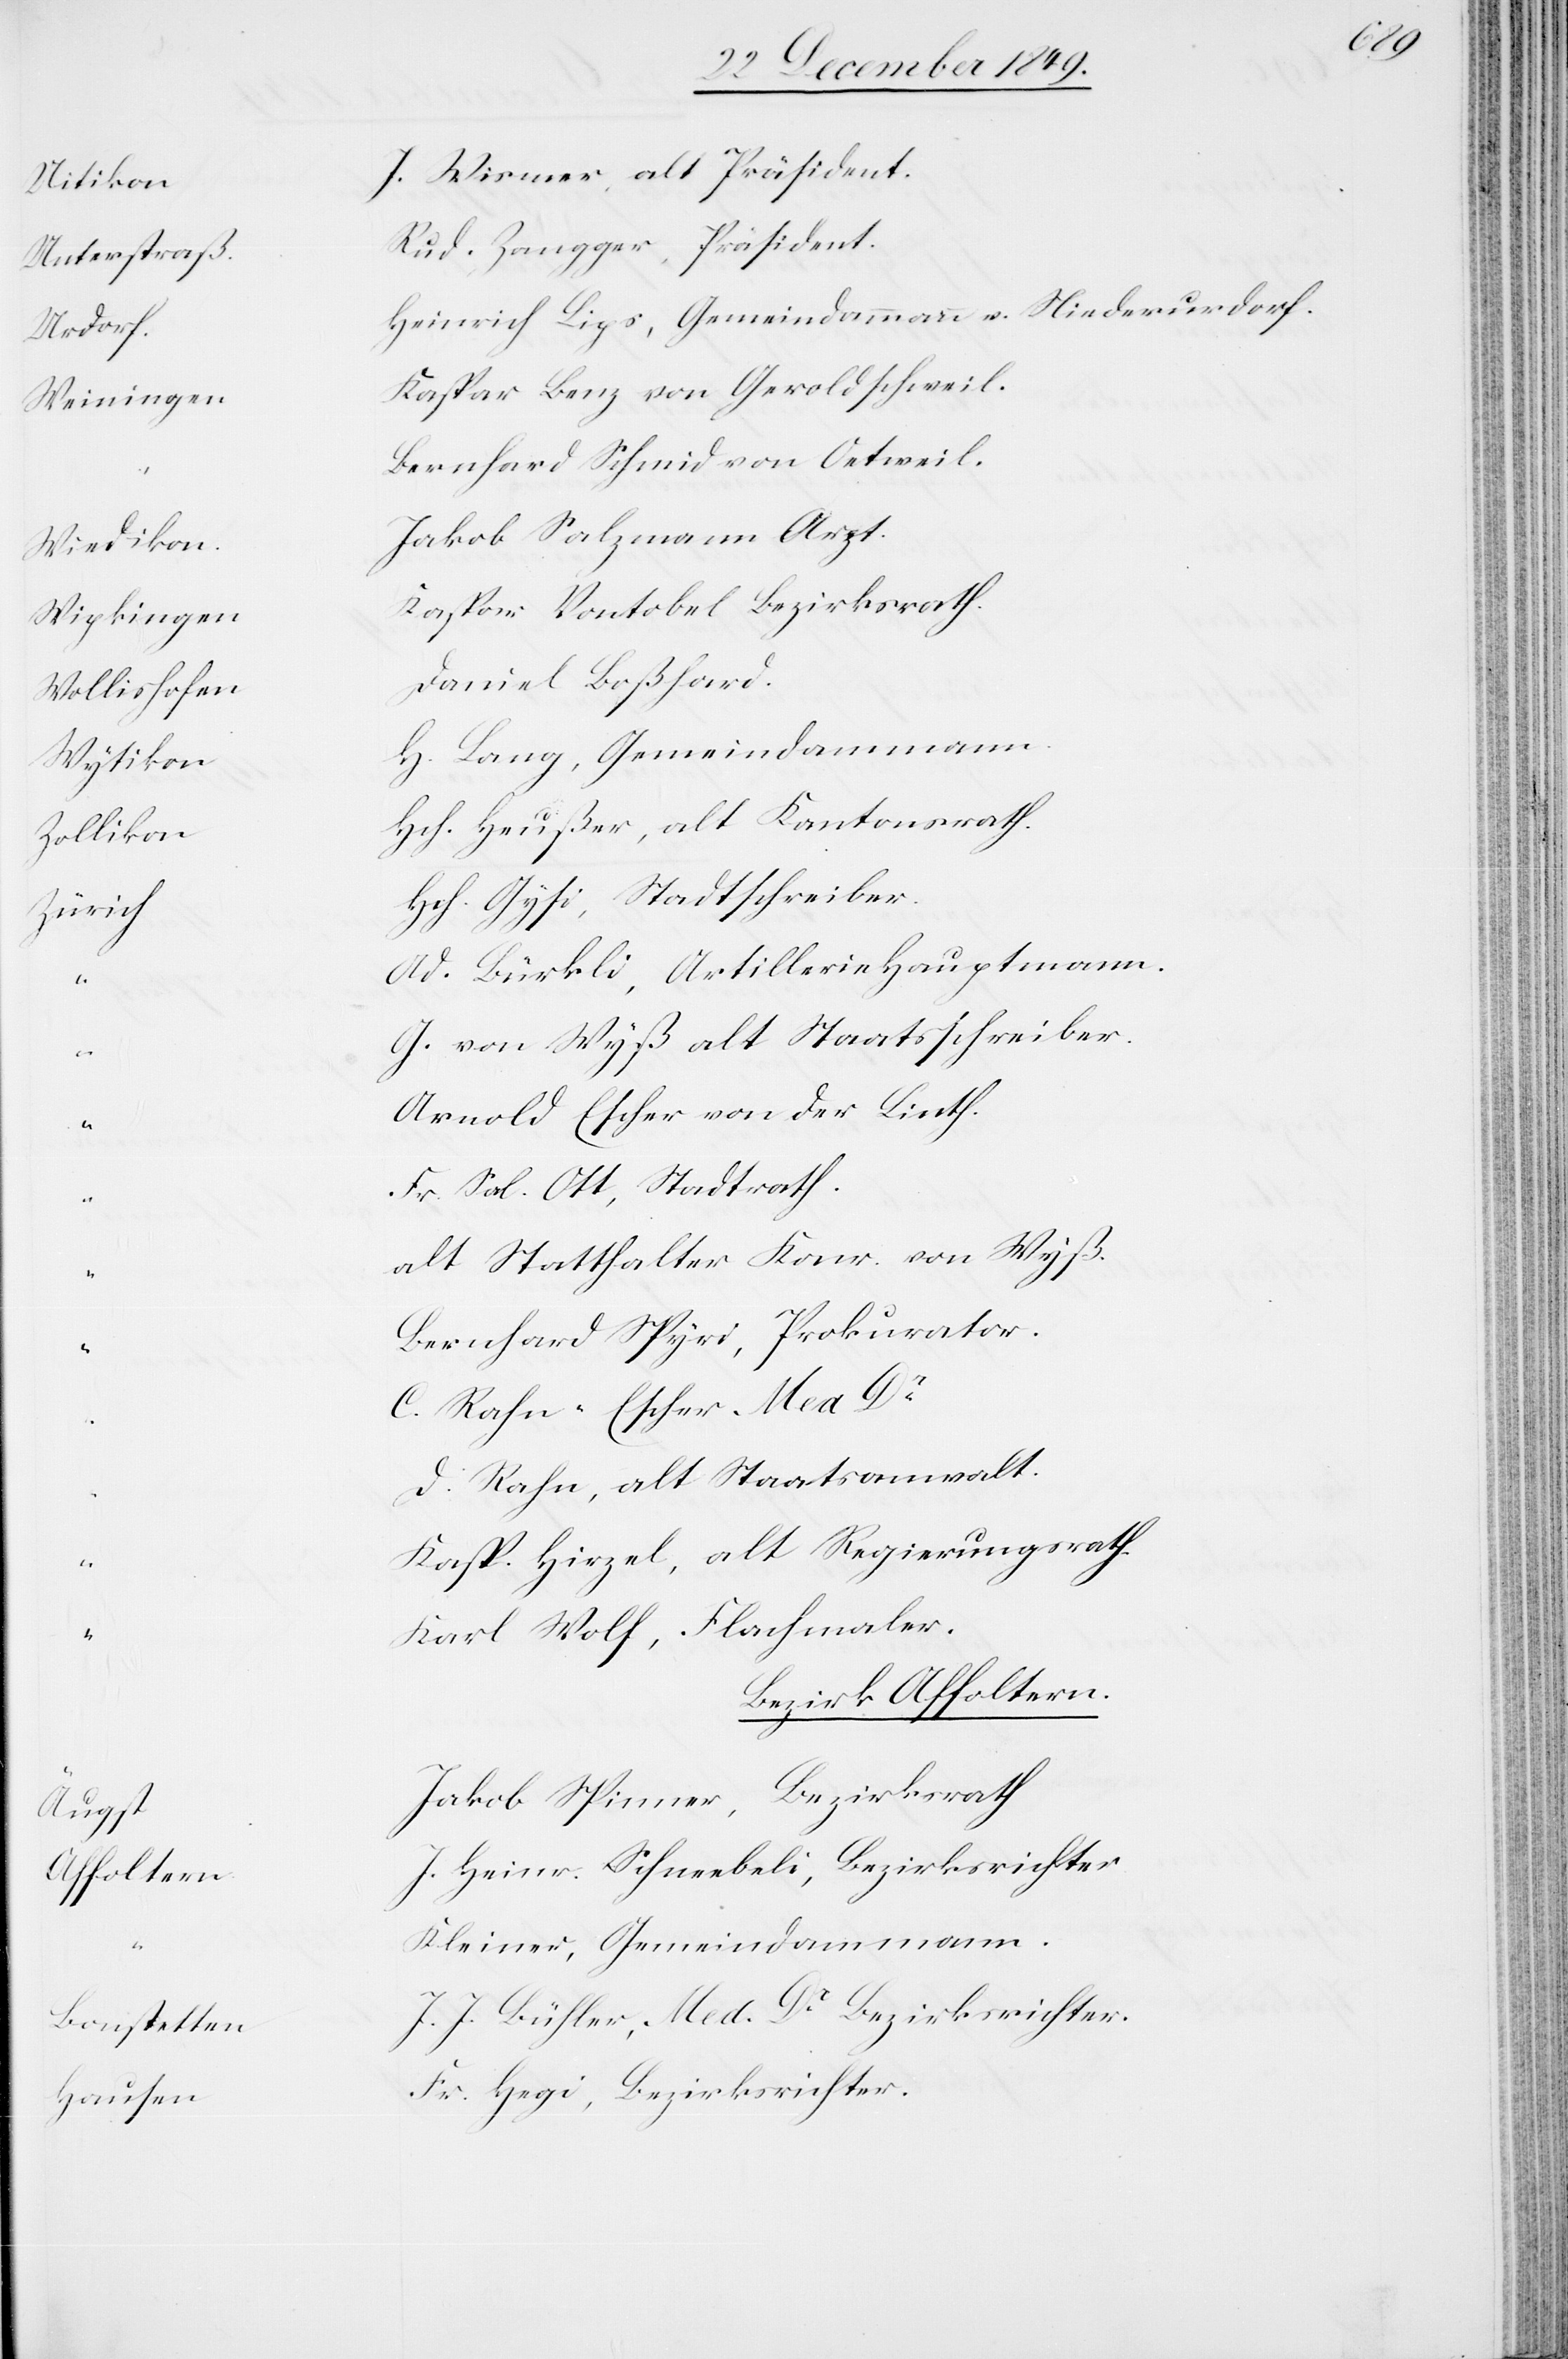
Unterstraß	R¬
Urdor¬
Weininge¬
Wiediko¬
Wipkinge¬
Wollishofe¬
Zolliko¬
Züric¬
Augs¬
Affoltern	J.

Wismer, alt Präsident.
ud. Zangger, Präsident.
einrich Lips, Gemeindammann v. Niederurdorf.
n	Kaspar Benz von Geroldschweil.
ernhard Schmid von Oetweil.
n	Jakob Salzmann Arzt.
n	Kaspar Vontobel Bezirksrath.
n	Daniel Boßhard.
Lang, Gemeindammann.
ch. Heußer, alt Kantonsrath.
ch. Gysi, Stadtschreiber.
Bürkli, Artilleriehauptmann.
von Wyß alt Staatschreiber.
rnold Escher von der Linth.
Sal. Ott, Stadtrath.
lt Statthalter Konr. von Wyß.
ernhard Spyri, Prokurator.
Rahn-Escher. Med Dr
Rahn, alt Staatsanwalt.
asp. Hirzel, alt Regierungsrath.
arl Wolf, Flachmaler.
Bezirk Affoltern.
t		Jakob Spinner, Bezirksrath.
Heinr. Schneebeli, Bezirksrichter
leiner, Gemeindammann.
J. Bühler, Med Dr Bezirksrichter.
Hegi, Bezirksrichter.

“			K¬